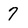
Character: 7